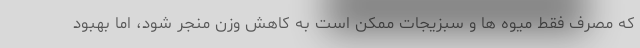
که مصرف فقط میوه ها و سبزیجات ممکن است به کاهش وزن منجر شود، اما بهبود